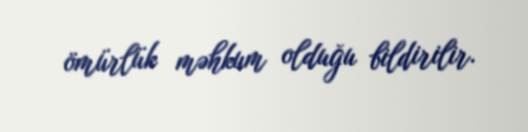
ömürlük məhkum olduğu bildirilir.